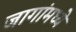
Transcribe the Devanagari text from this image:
जागांमध्ये